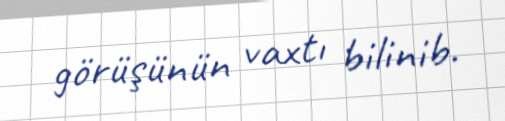
görüşünün vaxtı bilinib.